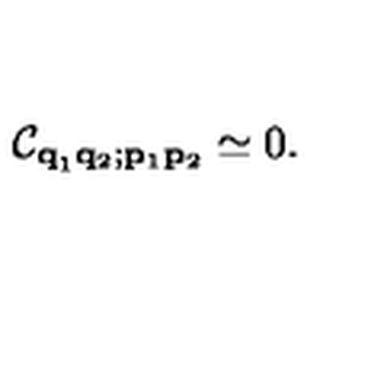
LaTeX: { \cal C } _ { { \bf q } _ { 1 } { \bf q } _ { 2 } ; { \bf p } _ { 1 } { \bf p } _ { 2 } } \simeq 0 .